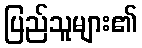
ပြည်သူများ၏